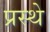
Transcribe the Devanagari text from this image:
प्रस्थे